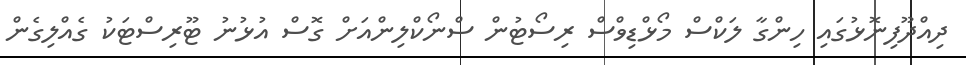
ދިއްދޫފިނޮޅުގައި ހިންގާ ލަކްސް މޯޅްޑިވްސް ރިސޯޓުން ސްނޯކްލިންއަށް ގޮސް އުޅުނު ޓޫރިސްޓަކު ގެއްލިގެން